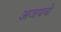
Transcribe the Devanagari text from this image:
अजयचे